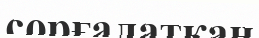
сорғалатқан